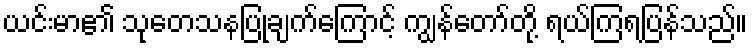
ယင်းမာ၏ သုတေသနပြုချက်ကြောင့် ကျွန်တော်တို့ ရယ်ကြရပြန်သည်။